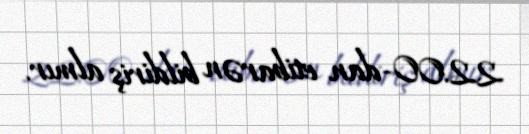
22:00-dan etibarən bildiriş almır.